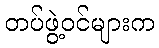
တပ်ဖွဲ့ဝင်များက